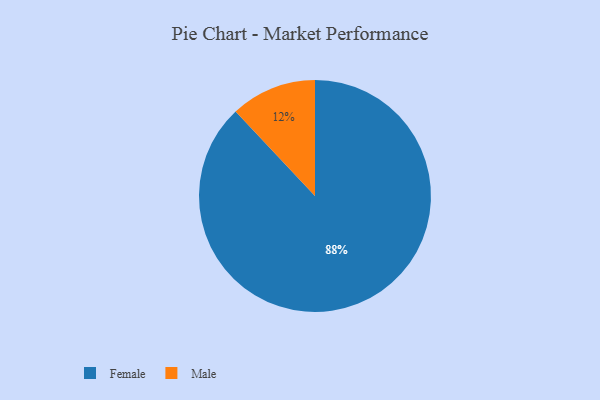
{"axis": {"x": "Category", "y": "Percentage"}, "legend": ["Female", "Male"], "data": [{"x": "Female", "y": 88, "type": "Female"}, {"x": "Male", "y": 12, "type": "Male"}]}